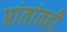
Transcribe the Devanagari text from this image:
प्रांतांतही